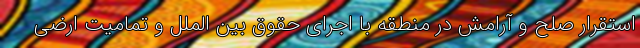
استقرار صلح و آرامش در منطقه با اجرای حقوق بین الملل و تمامیت ارضی